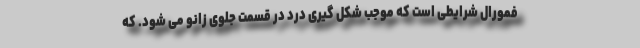
فمورال شرایطی است که موجب شکل گیری درد در قسمت جلوی زانو می شود. که